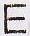
E